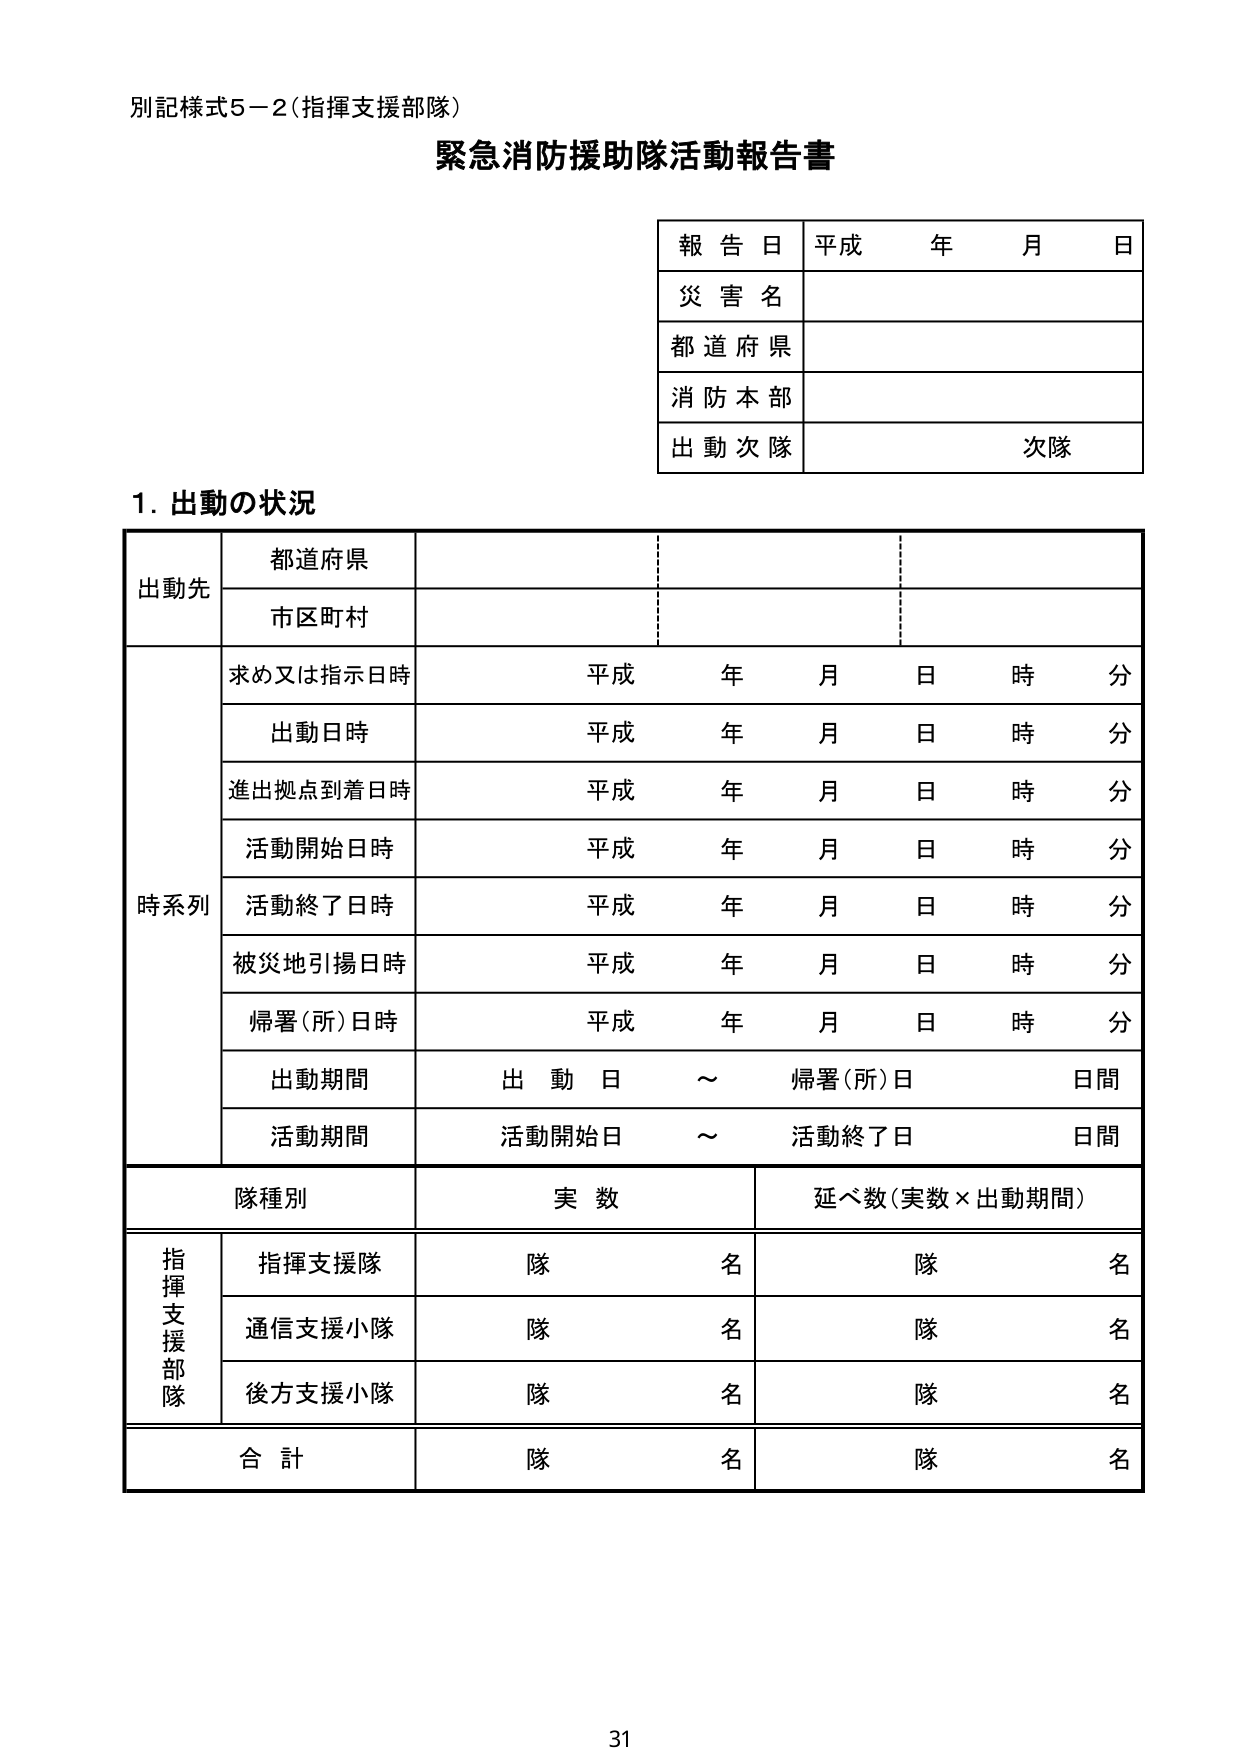
別記様式5－2（指揮支援部隊）

緊急消防援助隊活動報告書

報告日 平成 年 月 日
災害名
都道府県
消防本部
出動次隊 次隊

1. 出動の状況

出動先
　都道府県
　市区町村

時系列
　求め又は指示日時 平成 年 月 日 時 分
　出動日時 平成 年 月 日 時 分
　進出拠点到着日時 平成 年 月 日 時 分
　活動開始日時 平成 年 月 日 時 分
　活動終了日時 平成 年 月 日 時 分
　被災地引揚日時 平成 年 月 日 時 分
　帰署（所）日時 平成 年 月 日 時 分
　出動期間 出動日 ～ 帰署（所）日 日間
　活動期間 活動開始日 ～ 活動終了日 日間

隊種別 実数 延べ数（実数×出動期間）
指揮支援部隊
　指揮支援隊 隊 名 隊 名
　通信支援小隊 隊 名 隊 名
　後方支援小隊 隊 名 隊 名
合計 隊 名 隊 名

31